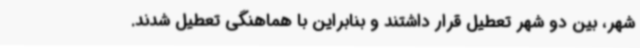
شهر، بین دو شهر تعطیل قرار داشتند و بنابراین با هماهنگی تعطیل شدند.